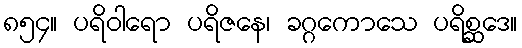
၈၅၄။ ပရိဝါရော ပရိဇနေ၊ ခဂ္ဂကောသေ ပရိစ္ဆဒေ။